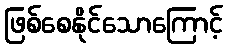
ဖြစ်စေနိုင်သောကြောင့်